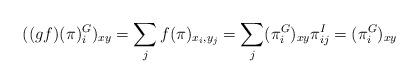
LaTeX: \begin{align*}((g f)(\pi)^G_i)_{xy} = \sum_j f(\pi)_{x_i, y_j} = \sum_j (\pi_i^G)_{xy} \pi^I_{ij} = (\pi_i^G)_{xy} \end{align*}